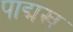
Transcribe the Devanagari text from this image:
पाद्मख